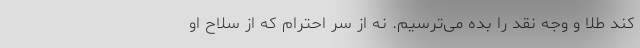
کند طلا و وجه نقد را بده می‌ترسیم. نه از سر احترام که از سلاح او